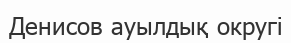
Денисов ауылдық округі